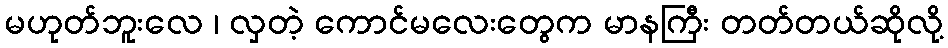
မဟုတ်ဘူးလေ ၊ လှတဲ့ ကောင်မလေးတွေက မာနကြီး တတ်တယ်ဆိုလို့